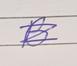
Signature authenticity: genuine